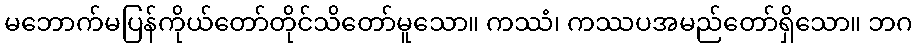
မဘောက်မပြန်ကိုယ်တော်တိုင်သိတော်မူသော။ ကဿံ၊ ကဿပအမည်တော်ရှိသော။ ဘဂ